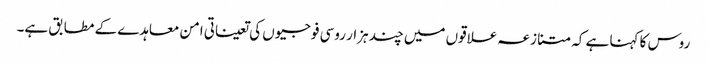
روس کا کہنا ہے کہ متنازعہ علاقوں میں چند ہزار روسی فوجیوں کی تعیناتی امن معاہدے کے مطابق ہے۔